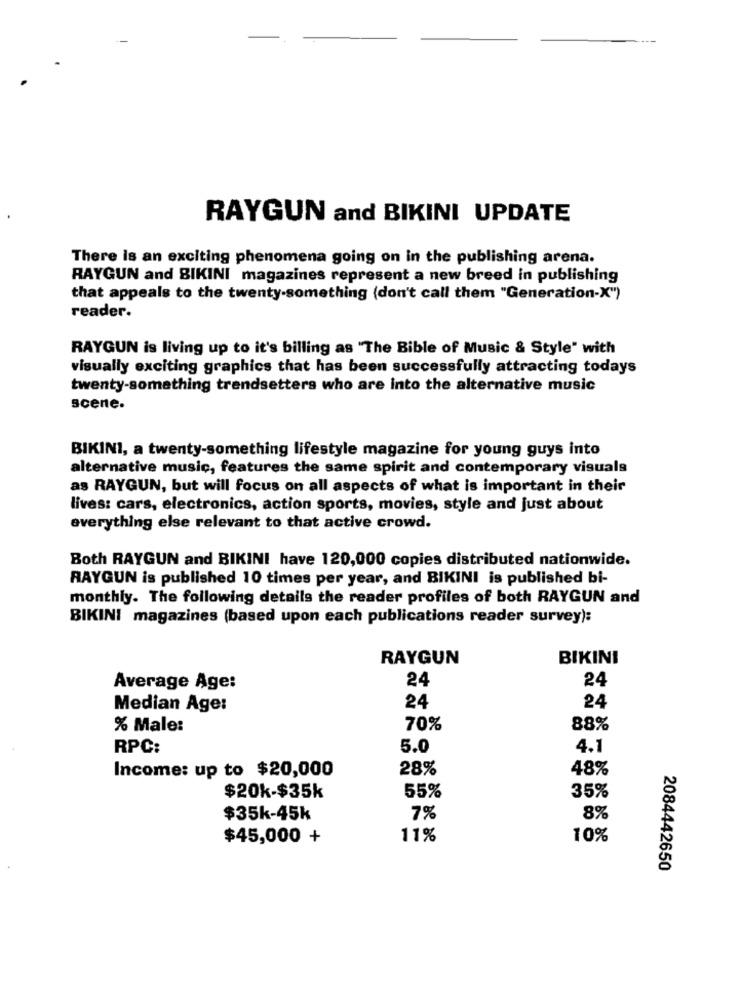
RAYGUN and BIKINI UPDATE
There is an exciting phenomena going on in the publishing arena.
RAYGUN and BIKINI magazines represent a new breed in publishing
that appeals to the twenty-something (don't call them "Generation-X")
reader.
RAYGUN is living up to it's billing as "The Bible of Music & Style" with
visually exciting graphics that has been successfully attracting todays
twenty-something trendsetters who are into the alternative music
scene.
BIKINI, a twenty-something lifestyle magazine for young guys into
alternative music, features the same spirit and contemporary visuals
as RAYGUN, but will focus on all aspects of what is important in their
lives: cars, electronics, action sports, movies, style and just about
everything else relevant to that active crowd.
Both RAYGUN and BIKINI have 120,000 copies distributed nationwide.
RAYGUN is published 10 times per year, and BIKINI is published bi-
monthly. The following details the reader profiles of both RAYGUN and
BIKINI magazines (based upon each publications reader survey):
RAYGUN
BIKINI
24
24
Average Age:
Median Age:
24
24
% Male:
70%
88%
RPC:
5.0
4.1
Income: up to $20,000
28%
48%
55%
$20k-$35k
35%
$35k-45k
7%
8%
$45,000 +
11%
10%
2084442650